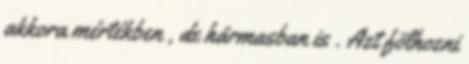
akkora mértékben , de hármasban is . Azt fölhozni